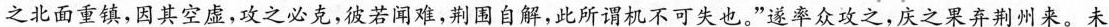
之北面重镇，因其空虚，攻之必克，彼若闻难，荆围自解，此所谓机不可失也。”遂率众攻之，庆之果弃荆州来。未